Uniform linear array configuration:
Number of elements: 16
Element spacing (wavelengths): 0.25
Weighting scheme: kaiser
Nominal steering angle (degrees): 30
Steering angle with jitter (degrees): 31.928
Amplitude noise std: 0.05
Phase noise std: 0.05

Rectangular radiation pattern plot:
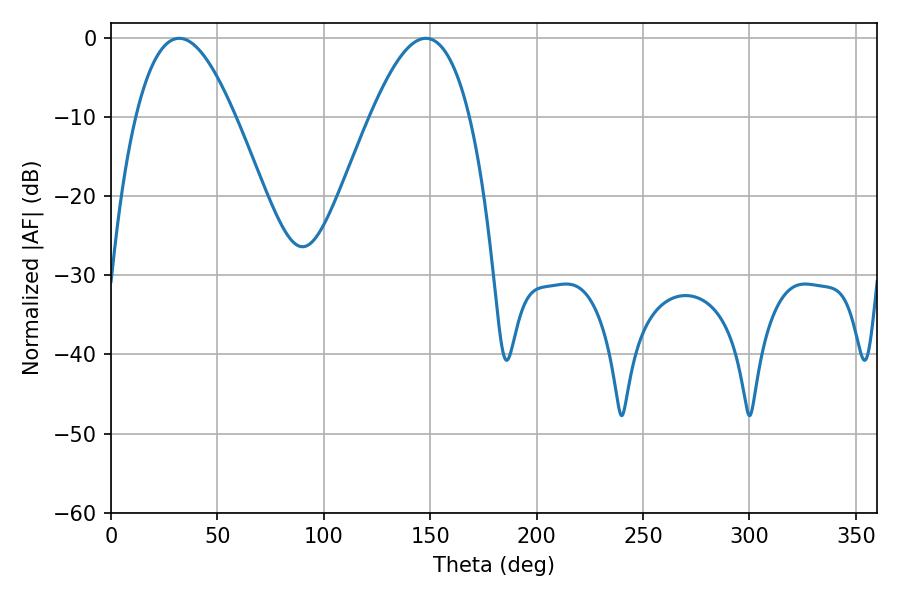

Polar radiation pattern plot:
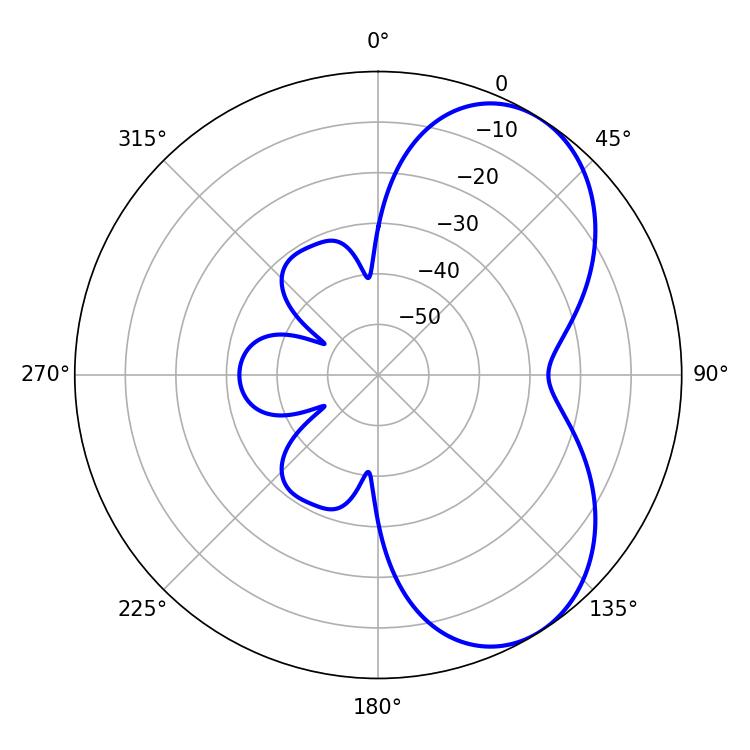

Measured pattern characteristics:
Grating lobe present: FALSE
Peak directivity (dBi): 5.785
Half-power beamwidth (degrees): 25.56
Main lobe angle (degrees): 32.04